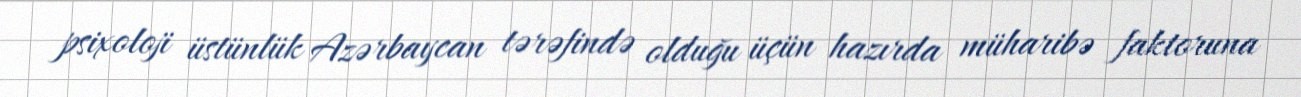
psixoloji üstünlük Azərbaycan tərəfində olduğu üçün hazırda müharibə faktoruna